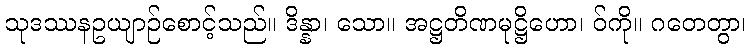
သုဒဿနဥယျာဉ်စောင့်သည်။ ဒိန္နာ၊ သော။ အဋ္ဌတိဏမုဋ္ဌိဟော၊ ဝ်ကို။ ဂတေတွာ၊